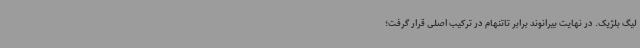
لیگ بلژیک. در نهایت بیرانوند برابر تاتنهام در ترکیب اصلی قرار گرفت؛